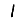
Digit: 1